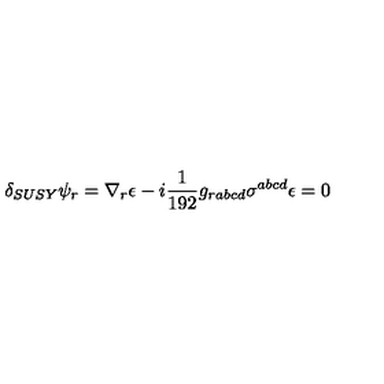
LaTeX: \delta _ { S U S Y } \psi _ { r } = \nabla _ { r } \epsilon - i { \frac { 1 } { 1 9 2 } } g _ { r a b c d } \sigma ^ { a b c d } \epsilon = 0